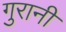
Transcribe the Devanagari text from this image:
गुरानी